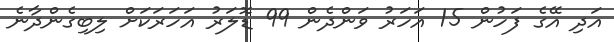
އަދި އޭގެ ފަހުން 15 އަހަރު ވަންދެން 99 ޑޮލަރު އަހަރަކަށް ލިބިގެންދާނެ